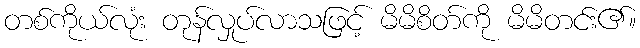
တစ်ကိုယ်လုံး တုန်လှုပ်လာသဖြင့် မိမိစိတ်ကို မိမိတင်း၏။